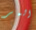
المر